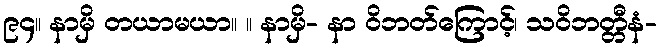
၉၄။ နာမှိ တယာမယာ။ ။ နာမှိ- နာ ဝိဘတ်ကြောင့်၊ သဝိဘတ္တီနံ-